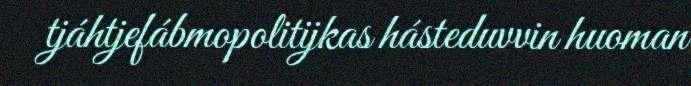
tjáhtjefábmopolitijkas hásteduvvin huoman